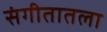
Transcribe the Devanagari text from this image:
संगीतातला